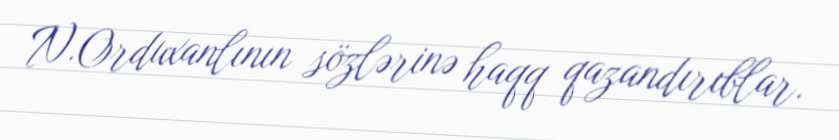
N.Orduxanlının sözlərinə haqq qazandırıblar.